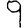
Digit: 9